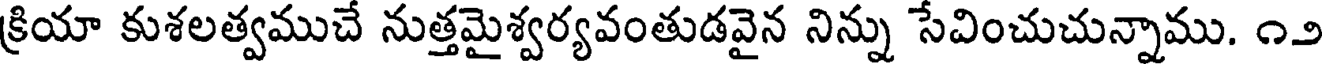
క్రియా కుశలత్వముచే నుత్తమైశ్వర్యవంతుడవైన నిన్ను సేవించుచున్నాము. ౧౨